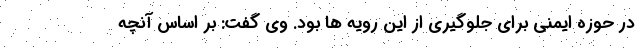
در حوزه ایمنی برای جلوگیری از این رویه ها بود. وی گفت: بر اساس آنچه